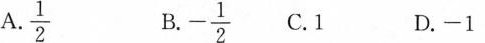
A\frac{1}{2}$$ B. - \frac{1}{2}C.1 D.-1